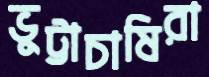
ভুট্টাচাষিরা